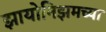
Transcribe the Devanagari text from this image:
झायोनिझमच्या